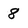
Character: 8